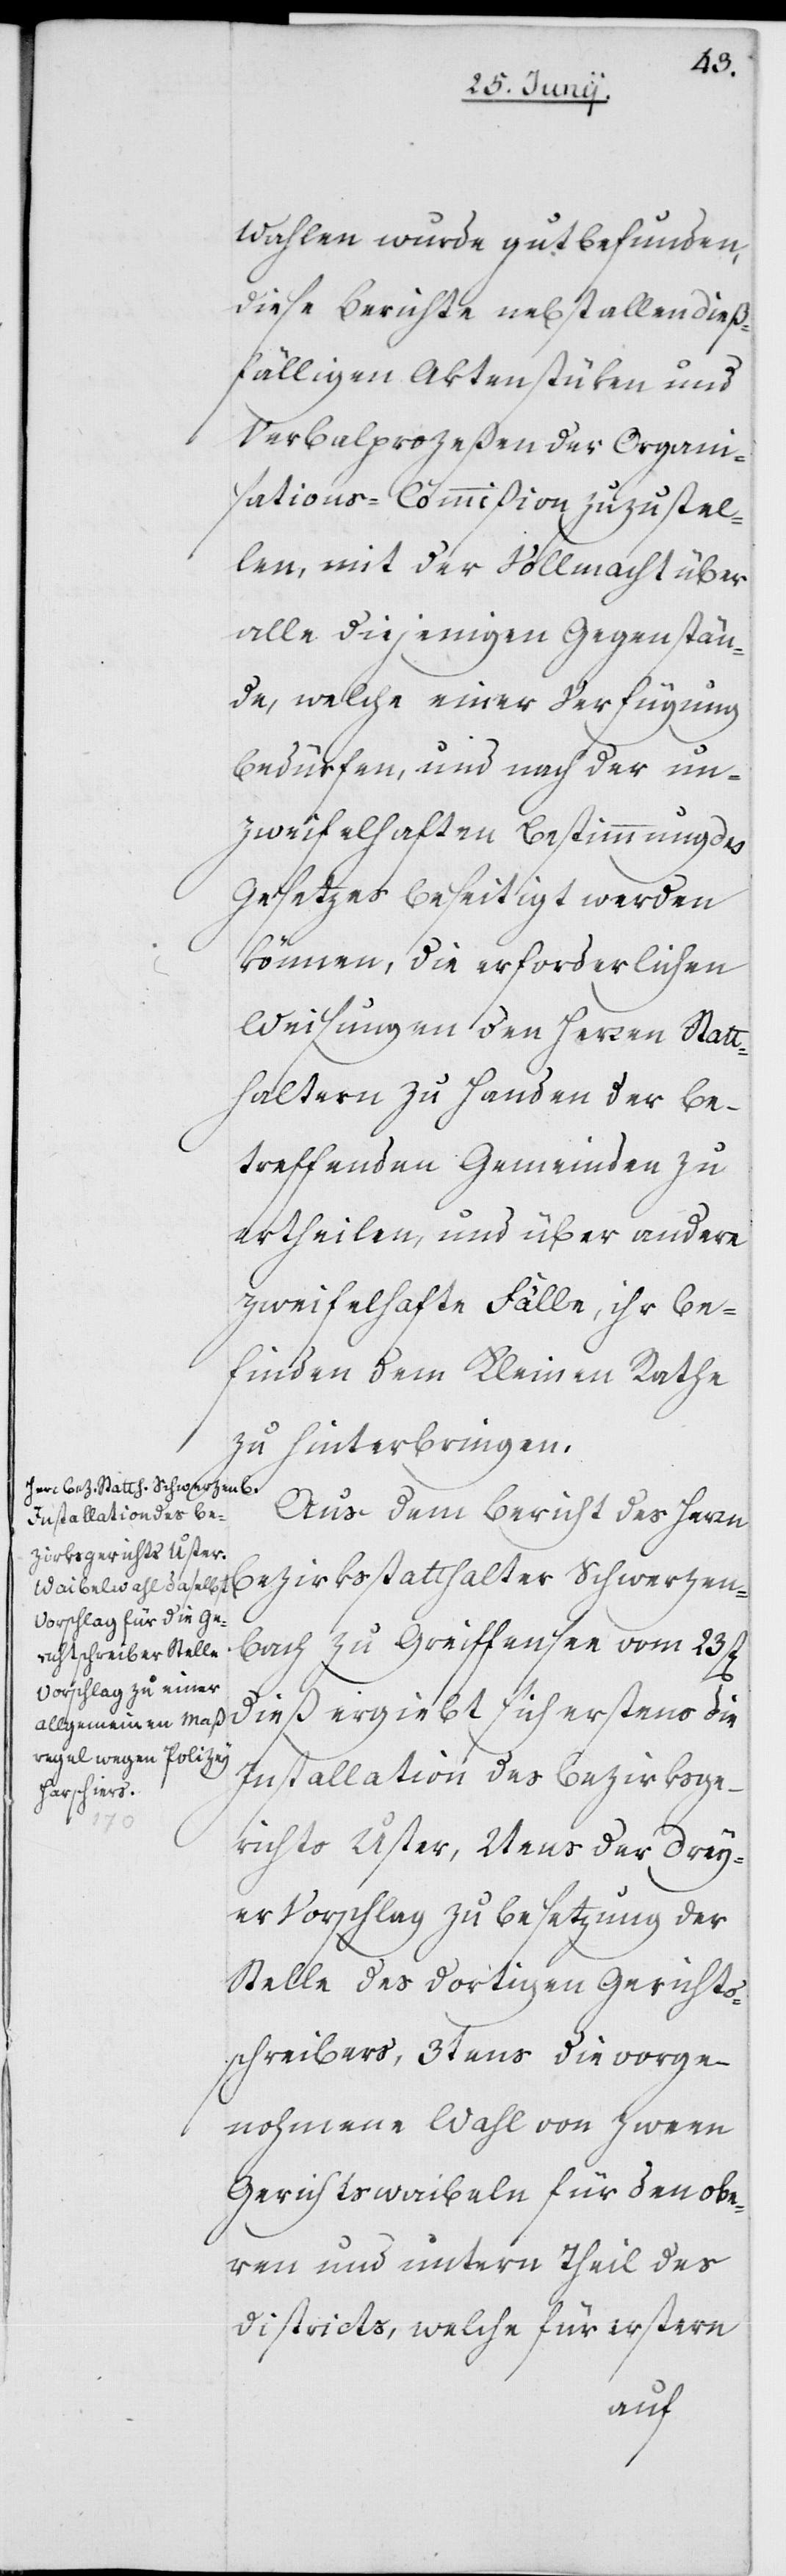
Wahlen wurde gut befunden,
diese Berichte nebst allen dieß¬
fälligen Aktenstüken und
Verbalprozeßen der Organi¬
sations-Commißion zuzustel¬
len, mit der Vollmacht über
alle diejenigen Gegenstän¬
de, welche einer Verfügung
bedürfen, und nach der un¬
zweifelhaften Bestimmung des
Gesetzes beseitigt werden
können, die erforderlichen
Weisungen den Herren Statt¬
haltern zu Handen der be¬
treffenden Gemeinden zu
ertheilen, und über andere
zweifelhafte Fälle, ihr Be¬
finden dem Kleinen Rathe
zu hinterbringen.
Aus dem Bericht des Herrn
Bezirksstatthalter Schwerzen¬
bach zu Greiffensee vom 23st[en]
dieß ergiebt sich erstens die
Installation des Bezirksge¬
richts Uster, 2tens der Drey¬
er Vorschlag zu Besetzung der
Stelle des dortigen Gerichts¬
schreibers, 3tens die vorge¬
nohmene Wahl von zween
Gerichtswaibeln für den obe¬
ren und untern Theil des
Districts, welche für erstern